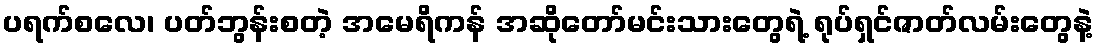
ပရက်စလေ၊ ပတ်ဘွန်းစတဲ့ အမေရိကန် အဆိုတော်မင်းသားတွေရဲ့ ရုပ်ရှင်ဇာတ်လမ်းတွေနဲ့